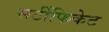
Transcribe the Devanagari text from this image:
सर्टीफिकेट